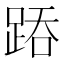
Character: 𨁇